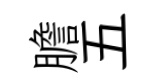
膽五